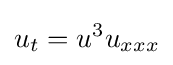
u_{t}=u^{3}u_{xxx}